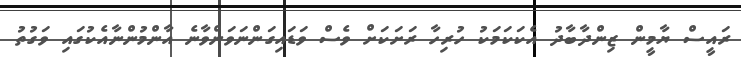
ރައީސް ޔާމީން ޒިންދާބާދު އެކަކަމަކު ހުރިހާ ރަށަކަށް ވެސް ވަޑައިގަންނަވަންވާނެ އާންމުންނާއެކުގައި ވަގުތު